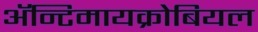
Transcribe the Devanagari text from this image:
ॲन्टिमायक्रोबियल